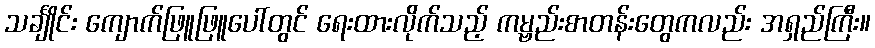
သင်္ချိုင်း ကျောက်ဖြူဖြူပေါ်တွင် ရေးထားလိုက်သည့် ကမ္ဗည်းစာတန်းတွေကလည်း အရှည်ကြီး။